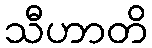
သီဟာတိ